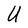
Character: U